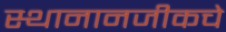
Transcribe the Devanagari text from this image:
स्थानानजीकचे